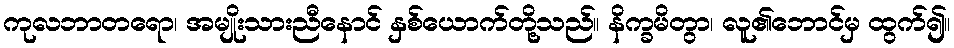
ကုလဘာတရော၊ အမျိုးသားညီနောင် နှစ်ယောက်တို့သည်။ နိက္ခမိတွာ၊ လူ၏ဘောင်မှ ထွက်၍။